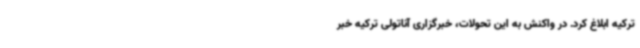
ترکیه ابلاغ کرد. در واکنش به این تحولات، خبرگزاری آناتولی ترکیه خبر